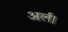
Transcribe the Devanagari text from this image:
अर्ल।